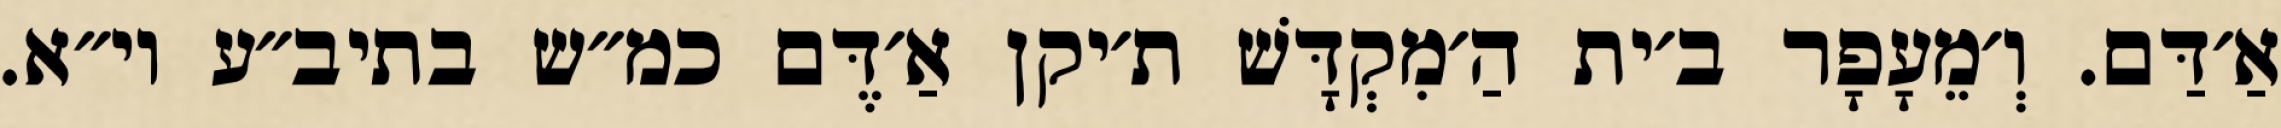
אַ׳דַּם. וְ׳מֵעָפָר ב׳ית הַ׳מִקְדָּשׁ ת׳יקן אַ׳דֶּם כמ״ש בתיב״ע וי״א.